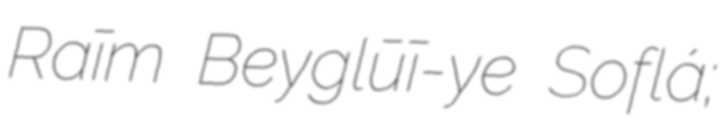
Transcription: Raḩīm Beyglūī-ye Soflá;